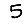
Digit: 5